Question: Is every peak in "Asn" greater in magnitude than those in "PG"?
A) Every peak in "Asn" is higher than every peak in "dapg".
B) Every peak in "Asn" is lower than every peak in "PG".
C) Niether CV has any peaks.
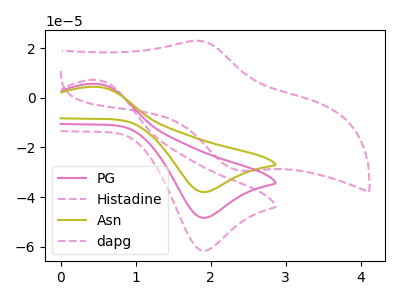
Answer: <think>The pink curve "PG" has an anodic peak at (0.45V, 5.65uA) and a cathodic peak at (1.90V, -48.35uA). The pink dashed curve "Histadine" has an anodic peak at (0.45V, 11.35uA) and a cathodic peak at (1.90V, -96.70uA). The olive curve "Asn" has an anodic peak at (0.45V, 4.45uA) and a cathodic peak at (1.90V, -37.95uA). The pink dashed curve "dapg" has an anodic peak at (1.85V, 22.95uA) and a cathodic peak at (2.40V, -29.30uA).</think>
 <answer>B) Every peak in "Asn" is lower than every peak in "PG".</answer>
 <eval>B</eval>